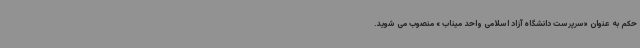
حکم به عنوان «سرپرست دانشگاه آزاد اسلامی واحد میناب » منصوب می شوید.